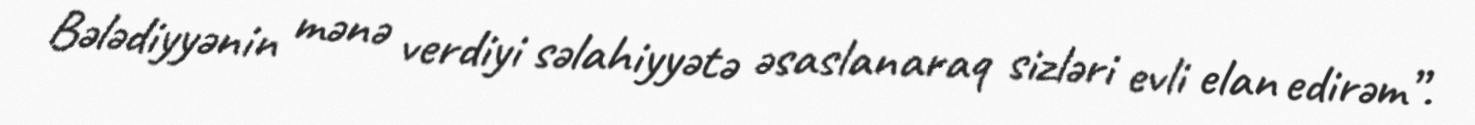
Bələdiyyənin mənə verdiyi səlahiyyətə əsaslanaraq sizləri evli elan edirəm”.